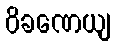
ဝိခဏေယျ